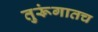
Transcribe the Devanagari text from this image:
तुरूंगातच